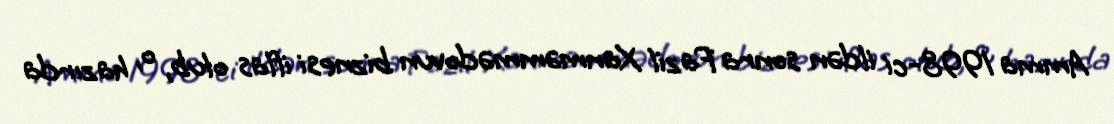
Amma 1998-ci ildən sonra Fazil Xanməmmədovun biznesi iflas olub, o, hazırda